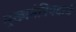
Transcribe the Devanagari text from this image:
मुख्यमंत्रिपदाचे